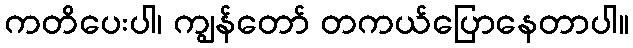
ကတိပေးပါ၊ ကျွန်တော် တကယ်ပြောနေတာပါ။